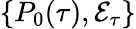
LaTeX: \{ P_{0}(\tau),\mathcal{E}_{\tau}\}